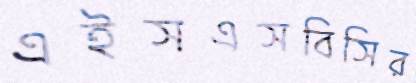
এইসএসবিসির